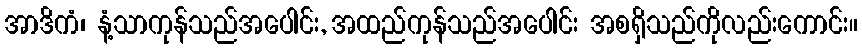
အာဒိကံ၊ နံ့သာကုန်သည်အပေါင်း, အထည်ကုန်သည်အပေါင်း အစရှိသည်ကိုလည်းကောင်း။